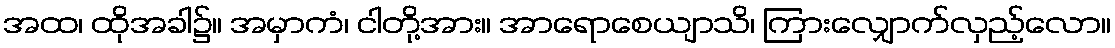
အထ၊ ထိုအခါ၌။ အမှာကံ၊ ငါတို့အား။ အာရောစေယျာသိ၊ ကြားလျှောက်လှည့်လော။